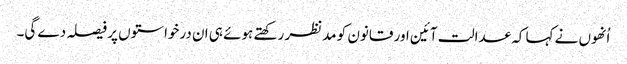
اُنھوں نے کہا کہ عدالت آئین اور قانون کو مدنظر رکھتے ہوئے ہی ان درخواستوں پر فیصلہ دے گی۔